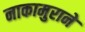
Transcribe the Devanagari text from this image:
नाकामुराने